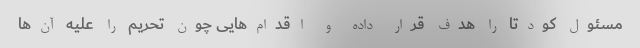
مسئول کودتا را هدف قرار داده و اقدام‌هایی چون تحریم را علیه آن‌ها